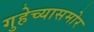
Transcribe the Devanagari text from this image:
गुहेच्यासमोर